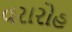
વરારોહ